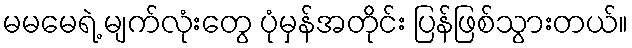
မမမေရဲ့ မျက်လုံးတွေ ပုံမှန်အတိုင်း ပြန်ဖြစ်သွားတယ်။